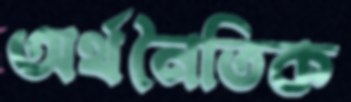
অর্থনৈতিক